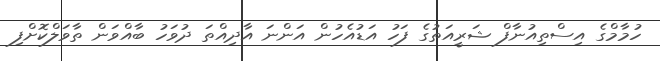
ހުމާމްގެ އިސްތިއުނާފް ޝަރީއަތުގެ ފަހު އަޑުއެހުން އަންނަ އާދިއްތަ ދުވަހު ބާއްވަން ތާވަލްކޮށްފި